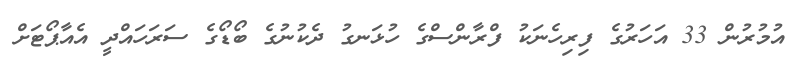
އުމުރުން 33 އަހަރުގެ ފިރިހެނަކު ފްރާންސްގެ ހުޅަނގު ދެކުނުގެ ބޯޑޯގެ ސަރަހައްދީ އެއާޕޯޓަށް